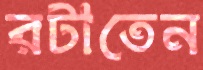
রটাতেন